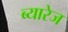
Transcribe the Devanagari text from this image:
ब्यारेज